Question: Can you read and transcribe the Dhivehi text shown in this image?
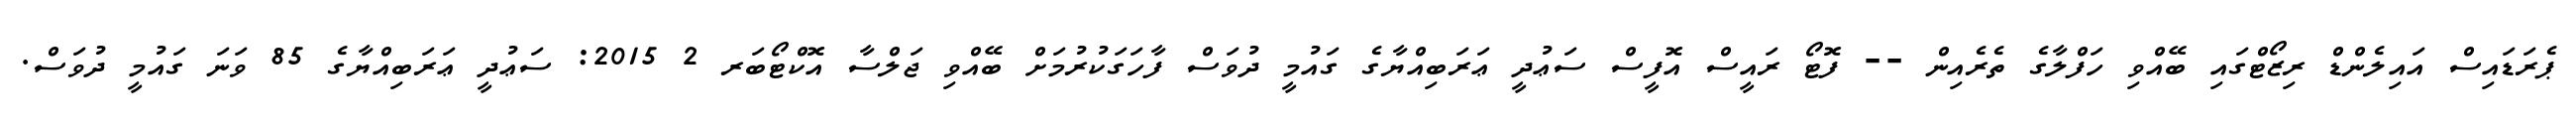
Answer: ޕެރަޑައިސް އައިލެންޑް ރިޒޯޓްގައި ބޭއްވި ހަފްލާގެ ތެރެއިން -- ފޮޓޯ ރައީސް އޮފީސް ސަޢުދީ ޢަރަބިއްޔާގެ ގައުމީ ދުވަސް ފާހަގަކުރުމަށް ބޭއްވި ޖަލްސާ އޮކްޓޯބަރ 2 2015: ސަޢުދީ ޢަރަބިއްޔާގެ 85 ވަނަ ގައުމީ ދުވަސް.